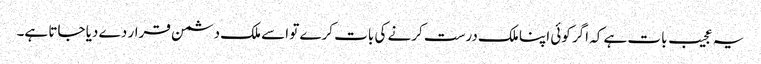
یہ عجیب بات ہے کہ اگر کوئی اپنا ملک درست کرنے کی بات کرے تو اسے ملک دشمن قرار دے دیا جاتا ہے۔